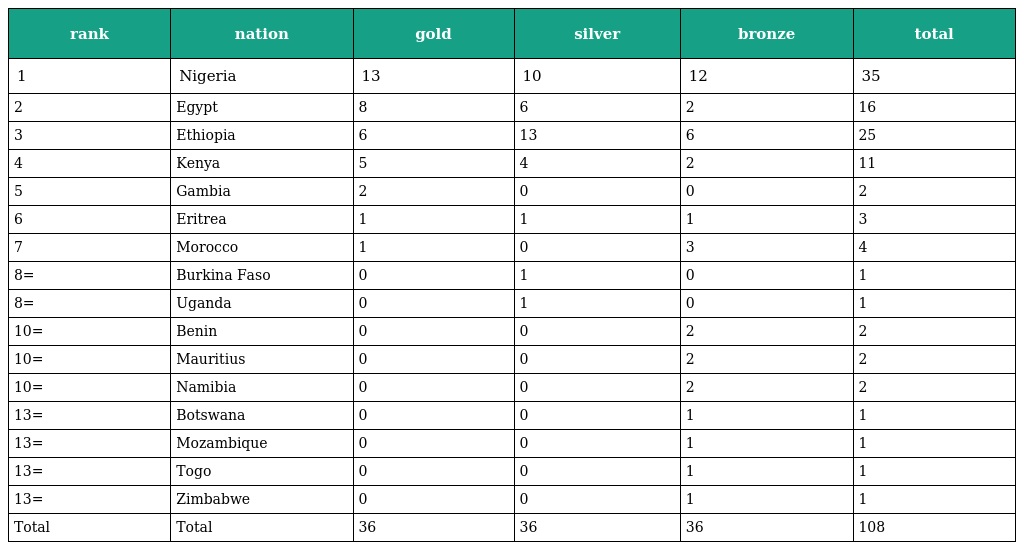
| rank | nation | gold | silver | bronze | total |
 | --- | --- | --- | --- | --- | --- |
 | 1 | Nigeria | 13 | 10 | 12 | 35 |
 | 2 | Egypt | 8 | 6 | 2 | 16 |
 | 3 | Ethiopia | 6 | 13 | 6 | 25 |
 | 4 | Kenya | 5 | 4 | 2 | 11 |
 | 5 | Gambia | 2 | 0 | 0 | 2 |
 | 6 | Eritrea | 1 | 1 | 1 | 3 |
 | 7 | Morocco | 1 | 0 | 3 | 4 |
 | 8= | Burkina Faso | 0 | 1 | 0 | 1 |
 | 8= | Uganda | 0 | 1 | 0 | 1 |
 | 10= | Benin | 0 | 0 | 2 | 2 |
 | 10= | Mauritius | 0 | 0 | 2 | 2 |
 | 10= | Namibia | 0 | 0 | 2 | 2 |
 | 13= | Botswana | 0 | 0 | 1 | 1 |
 | 13= | Mozambique | 0 | 0 | 1 | 1 |
 | 13= | Togo | 0 | 0 | 1 | 1 |
 | 13= | Zimbabwe | 0 | 0 | 1 | 1 |
 | Total | Total | 36 | 36 | 36 | 108 |